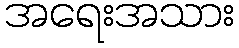
အရေးအသား